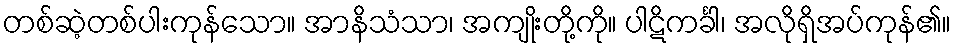
တစ်ဆဲ့တစ်ပါးကုန်သော။ အာနိသံသာ၊ အကျိုးတို့ကို။ ပါဋိကင်္ခါ၊ အလိုရှိအပ်ကုန်၏။